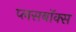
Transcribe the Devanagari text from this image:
प्लसबॉक्स